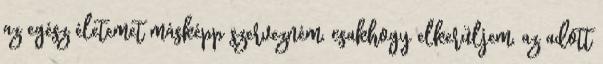
az egész életemet másképp szervezném, csakhogy elkerüljem, az adott